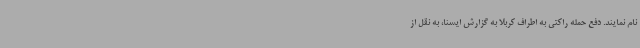
نام نمایند. دفع حمله راکتی به اطراف کربلا به گزارش ایسنا، به نقل از